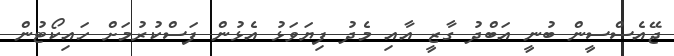
ޖޭއެސްސީން ބުނީ އަބްދު ގާޒީ އާއި މެދު ފިޔަވަޅު އެޅުން ފަސްކުރުމަށް ހައިކޯޓުން